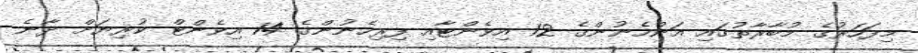
މިފަހަރުގެ މުބާރާތުގައި އަންހެނުންގެ 12 އިވެންޓާއި ފިރިހެނުންގެ 14 އިވެންޓް ކުރިޔަށް ދާނެ